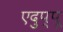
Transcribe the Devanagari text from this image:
एदुप्पू